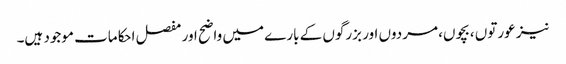
نیز عورتوں ،بچوں، مردوں اور بزرگوں کے بارے میں واضح اور مفصل احکامات موجود ہیں۔